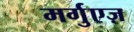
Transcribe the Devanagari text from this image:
मर्गुएज़